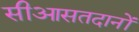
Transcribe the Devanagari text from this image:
सीआसतदानों